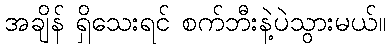
အချိန် ရှိသေးရင် စက်ဘီးနဲ့ပဲသွားမယ်။